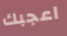
اعجبك